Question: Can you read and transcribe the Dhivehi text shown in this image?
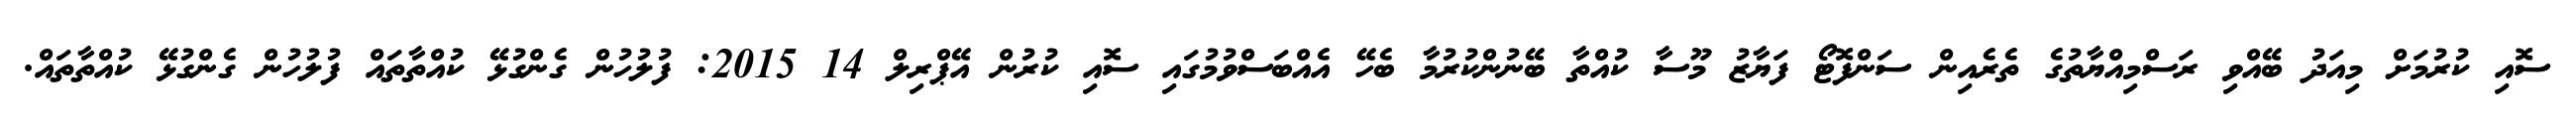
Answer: ސޮއި ކުރުމަށް މިއަދު ބޭއްވި ރަސްމިއްޔާތުގެ ތެރެއިން ސަންފޮޓޯ ފަޔާޒު މޫސާ ކުއްތާ ބޭނުންކުރުމާ ބެހޭ އެއްބަސްވުމުގައި ސޮއި ކުރުން އޭޕްރިލް 14 2015: ފުލުހުން ގެންގުޅޭ ކުއްތާތައް ފުލުހުން ގެންގުޅޭ ކުއްތާތައް.